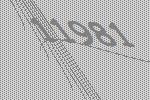
11981